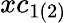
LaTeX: xc_{1(2)}